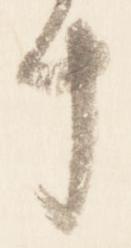
十